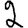
Digit: 2